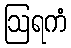
ဩရကံ